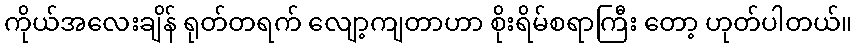
ကိုယ်အလေးချိန် ရုတ်တရက် လျော့ကျတာဟာ စိုးရိမ်စရာကြီး တော့ ဟုတ်ပါတယ်။